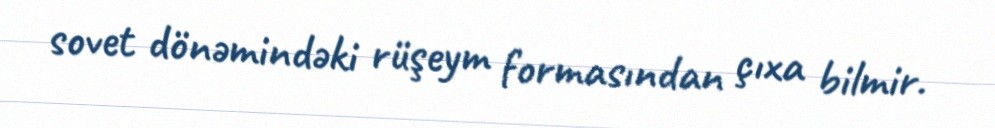
sovet dönəmindəki rüşeym formasından çıxa bilmir.